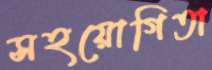
সহয়োগিতা